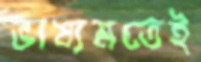
ভাষ্যমতেই